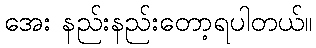
အေး နည်းနည်းတော့ရပါတယ်။